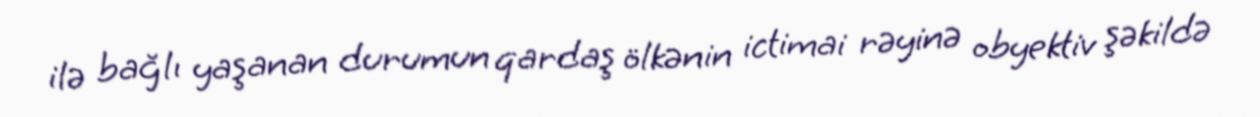
ilə bağlı yaşanan durumun qardaş ölkənin ictimai rəyinə obyektiv şəkildə